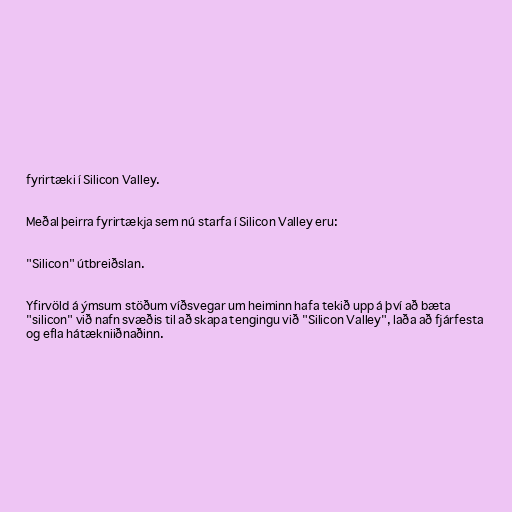
fyrirtæki í Silicon Valley.

Meðal þeirra fyrirtækja sem nú starfa í Silicon Valley eru:

"Silicon" útbreiðslan.

Yfirvöld á ýmsum stöðum víðsvegar um heiminn hafa tekið upp á því að bæta
"silicon" við nafn svæðis til að skapa tengingu við "Silicon Valley", laða að fjárfesta
og efla hátækniiðnaðinn.